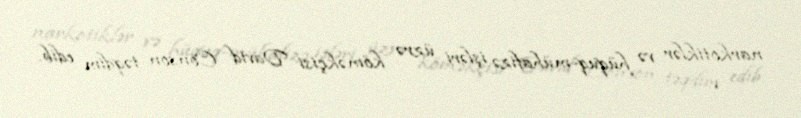
narkotiklər və hüquq-mühafizə işləri üzrə köməkçisi David Conson təqdim edib.